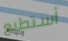
أستطيع